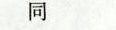
同